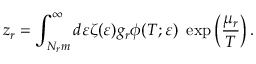
z _ { r } = \int _ { N _ { r } m } ^ { \infty } d \varepsilon \zeta ( \varepsilon ) g _ { r } \phi ( T ; \varepsilon ) \ \exp \left( \frac { \mu _ { r } } { T } \right) .